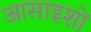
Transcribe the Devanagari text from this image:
आसाइशों